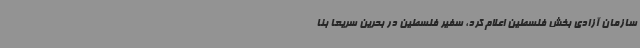
سازمان آزادی‌ بخش فلسطین اعلام کرد، سفیر فلسطین در بحرین سریعاً بنا